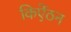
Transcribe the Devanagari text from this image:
किऐंठन